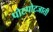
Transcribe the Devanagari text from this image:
पोटपोटजाती